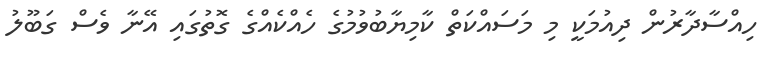
ހިއްސާދާރުން ދިއުމަކީ މި މަސައްކަތް ކާމިޔާބުވުމުގެ ހެއްކެއްގެ ގޮތުގައި އޭނާ ވެސް ގަބޫލު